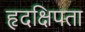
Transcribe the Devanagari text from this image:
हृदक्षिपता